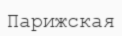
Парижская